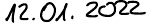
12.01.2022